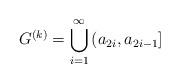
LaTeX: \begin{align*}G^{(k)} = \bigcup_{i=1}^{\infty} \left(a_{2i} , a_{2i-1} \right]\end{align*}